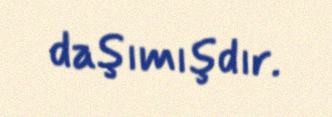
daşımışdır.